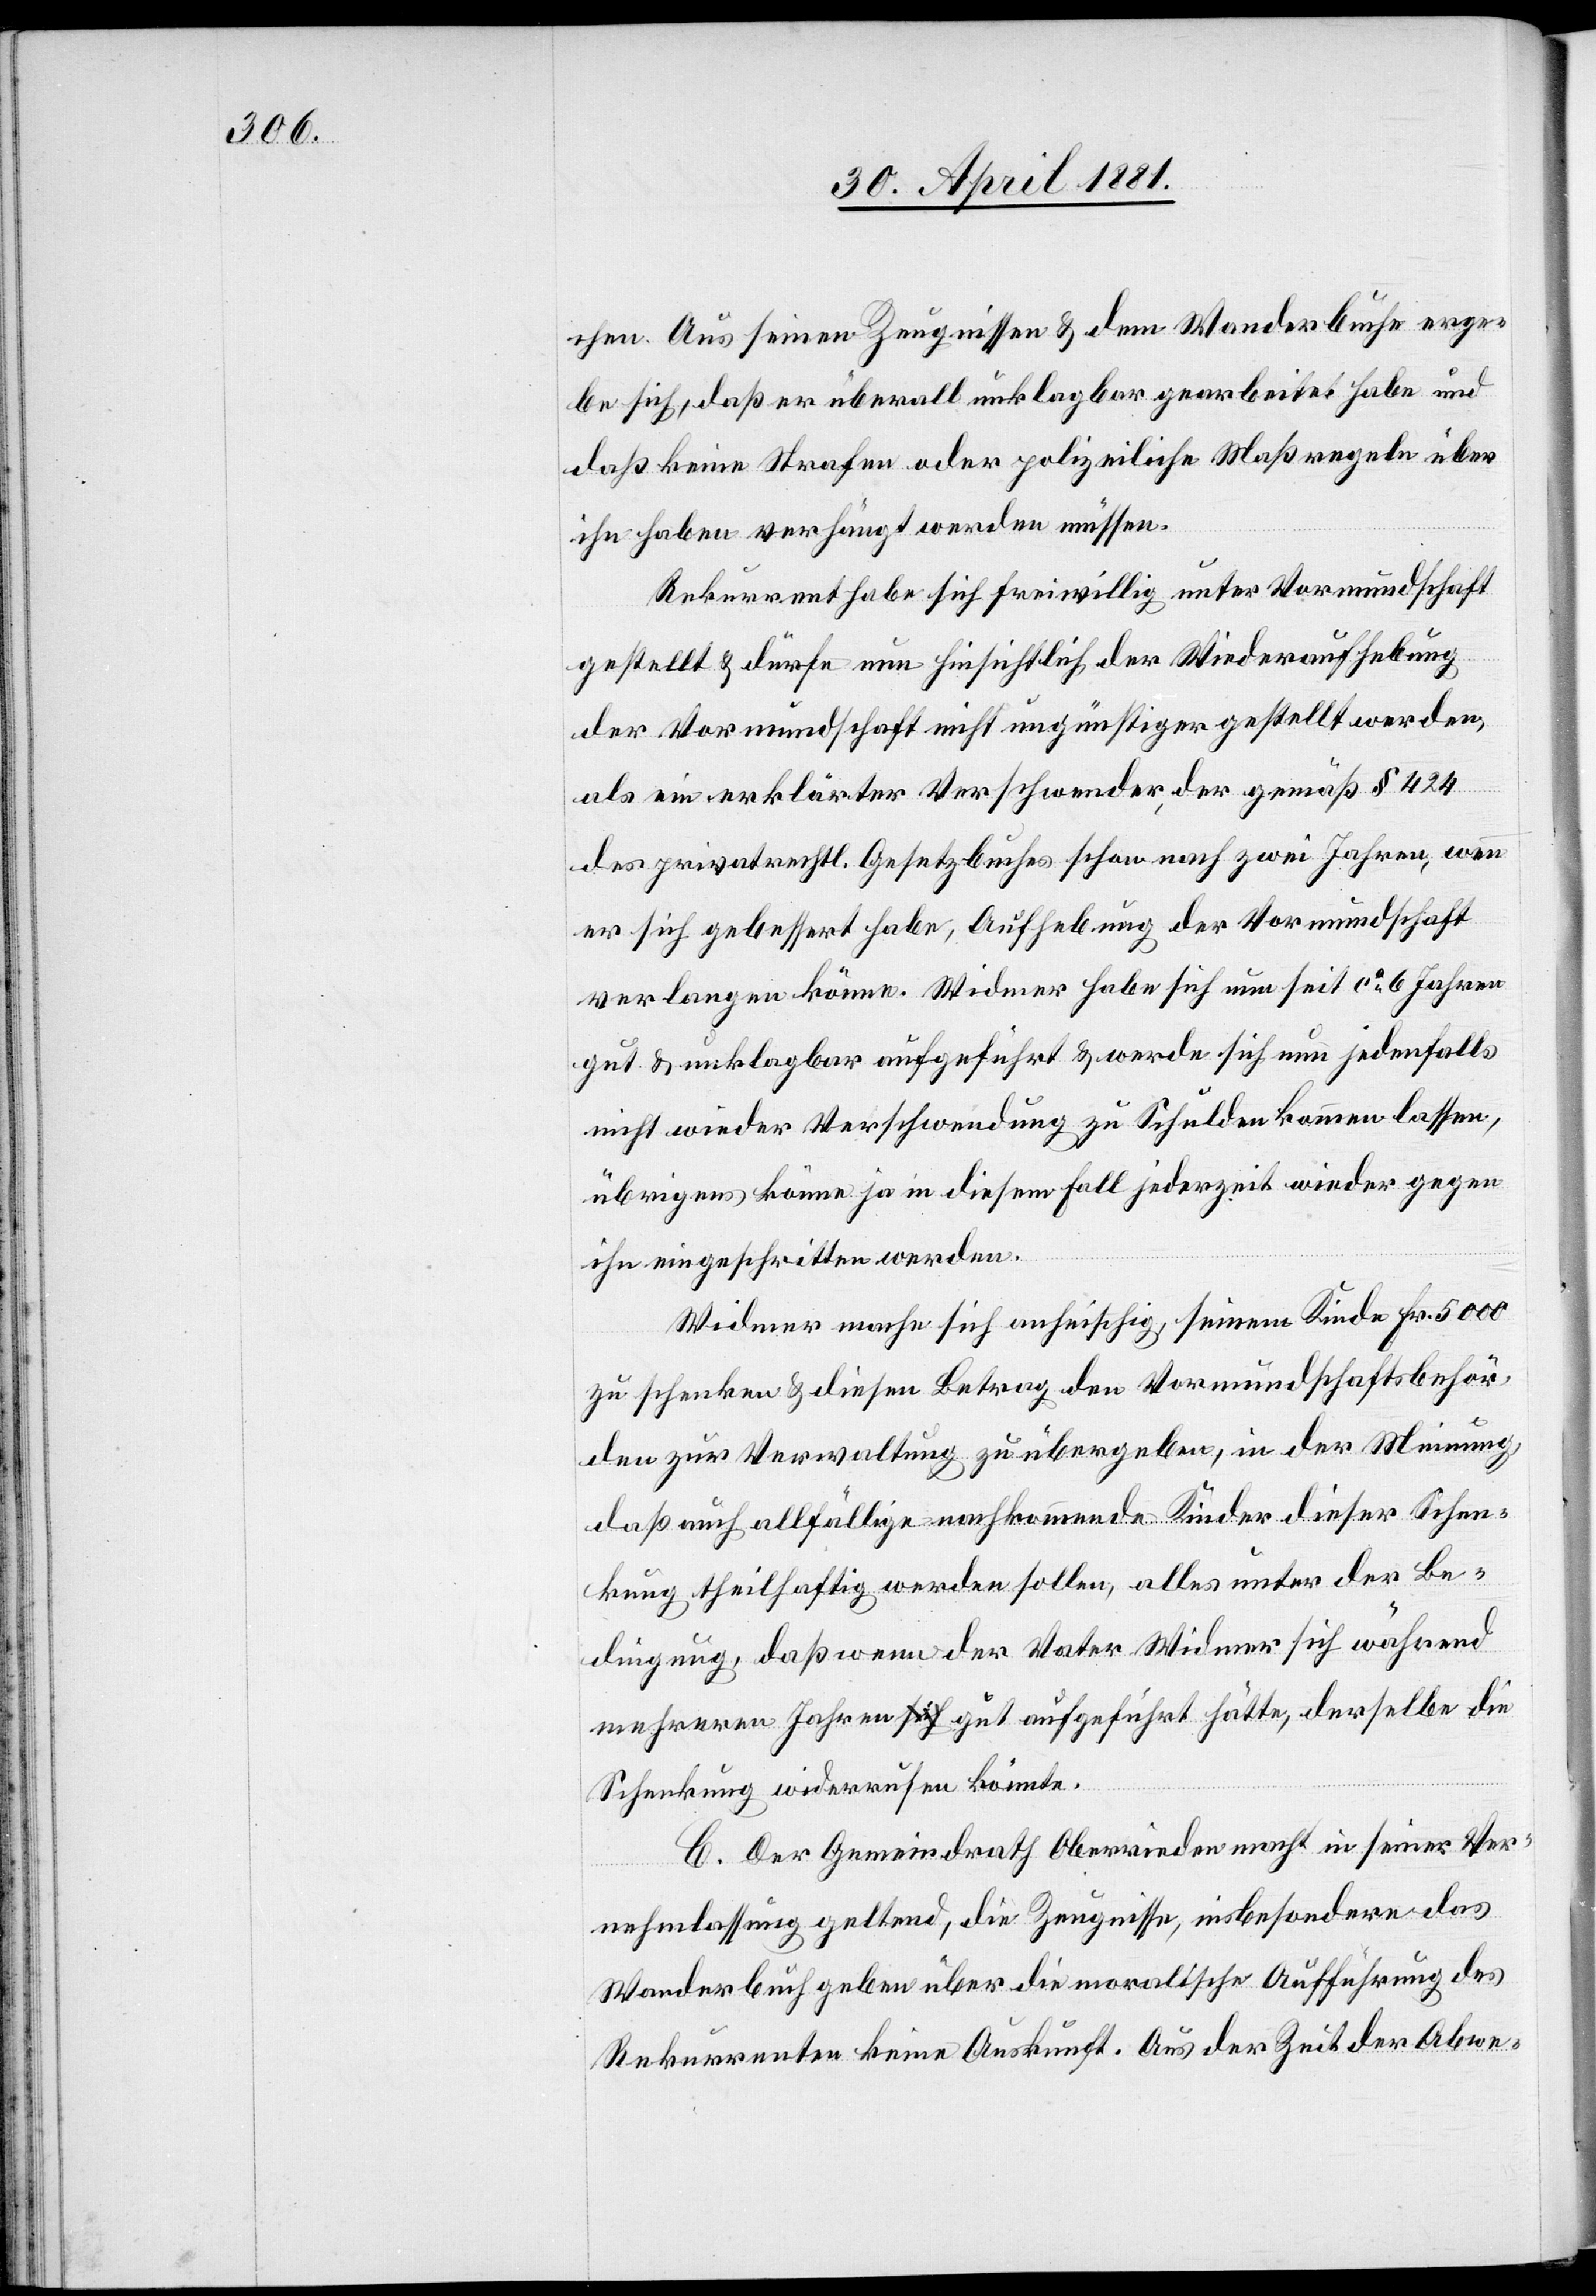
chen. Aus seinen Zeugnissen & dem Wanderbuche erge¬
be sich, daß er überall unklagbar gearbeitet habe und
daß keine Strafen oder polizeiliche Maßregeln über
ihn haben verhängt werden müssen.
Rekurrent habe sich freiwillig unter Vormundschaft
gestellt & dürfe nun hinsichtlich der Wiederaufhebung
der Vormundschaft nicht ungünstiger gestellt werden,
als ein erklärter Verschwender, der gemäß § 424
das privatrechtl. Gesetzbuches schon nach zwei Jahren, wenn
er sich gebessert habe, Aufhebung der Vormundschaft
verlangen könne. Widmer habe sich nun seit ca 6 Jahren
gut & unklagbar aufgeführt & werde sich nun jedenfalls
nicht wieder Verschwendung zu Schulden kommen lassen,
übrigens könne ja in diesem Fall jederzeit wieder gegen
ihn eingeschritten werden.
Widmer mache sich anheischig, seinem Kinde Fr. 5000
zu schenken & diesen Betrag den Vormundschaftsbehör¬
den zu Verwaltung zu übergeben, in der Meinung,
daß auch allfällige nachkommende Kinder dieser Schen¬
kung theilhaftig werden sollen, alles unter der Be¬
dingung, daß wenn der Vater Widmer sich während
mehrerer Jahren gut aufgeführt hätte, derselbe die
Schenkung widerrufen könnte.
C. Der Gemeindrath Oberrieden macht in seiner Ver¬
nehmlassung geltend, die Zeugnisse, insbesondere das
Wanderbuch geben über die moralische Aufführung des
Rekurrenten keine Auskunft. Aus der Zeit der Abwe-